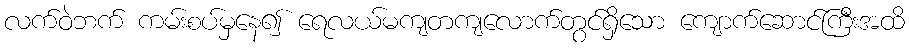
လက်ဝဲဘက် ကမ်းစပ်မှနေ၍ ရေလယ်မကျတကျလောက်တွင်ရှိသော ကျောက်ဆောင်ကြီးအထိ